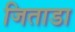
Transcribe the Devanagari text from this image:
जिताडा